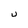
Character: u